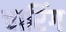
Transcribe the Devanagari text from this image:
चारिंग